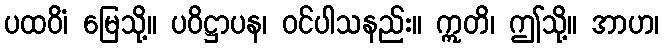
ပထဝိံ၊ မြေသို့။ ပဝိဋ္ဌာပန၊ ဝင်ပါသနည်း။ ဣတိ၊ ဤသို့။ အာဟ၊